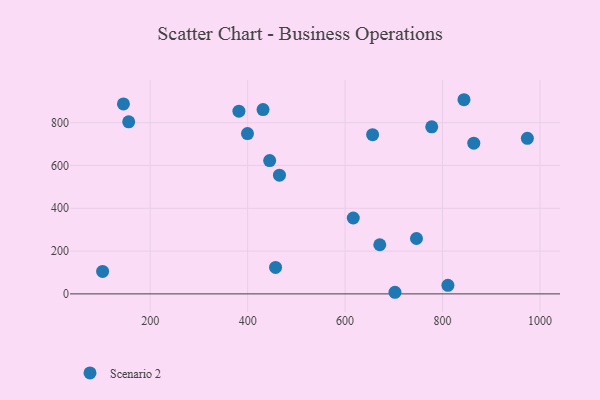
{"axis": {"x": "Investment", "y": "Fuel Efficiency"}, "legend": ["Scenario 2"], "data": [{"x": "445.2", "y": 623.0, "type": "Scenario 2"}, {"x": "746.5", "y": 258.7, "type": "Scenario 2"}, {"x": "399.7", "y": 749.1, "type": "Scenario 2"}, {"x": "844.0", "y": 907.3, "type": "Scenario 2"}, {"x": "616.8", "y": 354.7, "type": "Scenario 2"}, {"x": "145.1", "y": 887.7, "type": "Scenario 2"}, {"x": "102.4", "y": 104.9, "type": "Scenario 2"}, {"x": "777.8", "y": 780.8, "type": "Scenario 2"}, {"x": "431.6", "y": 861.5, "type": "Scenario 2"}, {"x": "702.4", "y": 7.5, "type": "Scenario 2"}, {"x": "864.1", "y": 704.1, "type": "Scenario 2"}, {"x": "382.1", "y": 854.0, "type": "Scenario 2"}, {"x": "155.9", "y": 804.1, "type": "Scenario 2"}, {"x": "656.5", "y": 743.8, "type": "Scenario 2"}, {"x": "974.1", "y": 726.9, "type": "Scenario 2"}, {"x": "811.0", "y": 39.8, "type": "Scenario 2"}, {"x": "457.3", "y": 123.7, "type": "Scenario 2"}, {"x": "465.3", "y": 554.9, "type": "Scenario 2"}, {"x": "671.2", "y": 229.5, "type": "Scenario 2"}]}